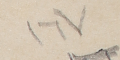
١٦٧